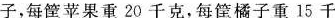
子，每筐苹果重20千克，每筐橘子重15千